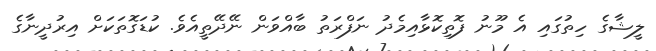
ލީޝާގެ ހިތުގައި އެ މޫނު ފޮތިކޮޅާއިމެދު ނަފްރަތު ބާއްވަން ނޭދޭތީއެވެ. ކުޑަގޮތަކަށް އިރުދީނާގެ